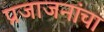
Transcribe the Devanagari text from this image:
प्रजाजनांचा